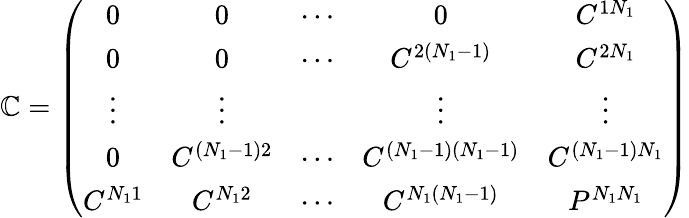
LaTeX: \mathbb{C}=\left(\begin{array}{ccccc}{{0}}&{{0}}&{{\cdots}}&{{0}}&{{C^{1N_{1}}}}\\ {{0}}&{{0}}&{{\cdots}}&{{C^{2(N_{1}-1)}}}&{{C^{2N_{1}}}}\\ {{\vdots}}&{{\vdots}}&{{{}}}&{{\vdots}}&{{\vdots}}\\ {{0}}&{{C^{(N_{1}-1)2}}}&{{\cdots}}&{{C^{(N_{1}-1)(N_{1}-1)}}}&{{C^{(N_{1}-1)N_{1}}}}\\ {{C^{N_{1}1}}}&{{C^{N_{1}2}}}&{{\cdots}}&{{C^{N_{1}(N_{1}-1)}}}&{{P^{N_{1}N_{1}}}}\end{array}\right)